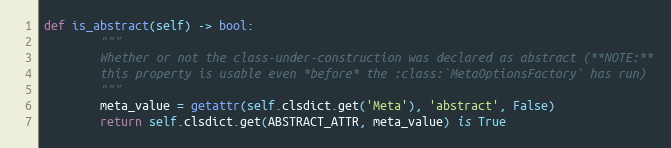
Language: Python
def is_abstract(self) -> bool:
        """
        Whether or not the class-under-construction was declared as abstract (**NOTE:**
        this property is usable even *before* the :class:`MetaOptionsFactory` has run)
        """
        meta_value = getattr(self.clsdict.get('Meta'), 'abstract', False)
        return self.clsdict.get(ABSTRACT_ATTR, meta_value) is True